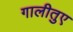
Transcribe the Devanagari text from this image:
गालीतुए